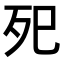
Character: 𭮁